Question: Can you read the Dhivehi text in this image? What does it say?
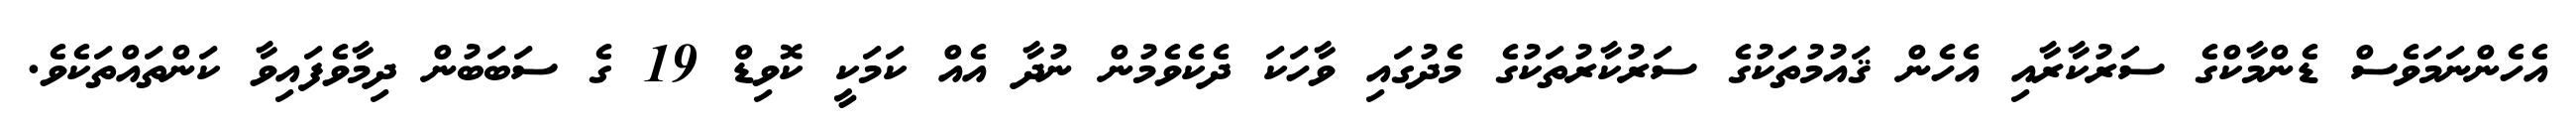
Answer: އެހެންނަމަވެސް ޑެންމާކްގެ ސަރުކާރާއި އެހެން ޤައުމުތަކުގެ ސަރުކާރުތަކުގެ މެދުގައި ވާހަކަ ދެކެވެމުން ނުދާ އެއް ކަމަކީ ކޮވިޑް 19 ގެ ސަބަބުން ދިމާވެފައިވާ ކަންތައްތަކެވެ.